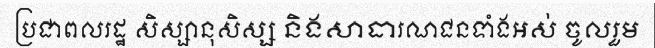
ប្រជាពលរដ្ឋ សិស្សានុសិស្ស និងសាធារណជនទាំងអស់ ចូលរួម